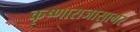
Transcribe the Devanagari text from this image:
कृष्णाराजासागर